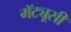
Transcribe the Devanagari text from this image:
मॅट्यूसी